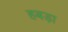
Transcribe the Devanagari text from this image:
हबड़ा